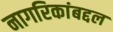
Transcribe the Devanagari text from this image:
नागरिकांबद्दल